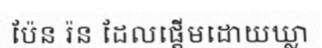
ប៉ែន រ៉ន ដែលផ្តើមដោយឃ្លា